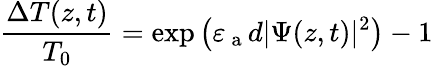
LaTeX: \frac{\Delta T(z,t)}{T_{0}}=\exp{\left(\varepsilon_{\mathrm{~a~}}d|\Psi(z,t)|^{2}\right)}-1